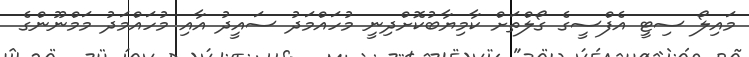
މައިލޯ ސިޓީ އެފްސީގެ ގޯލްތަށް ކާމިޔާބުކޮށްދިނީ މުހައްމަދު ސައީދު އާއި މުހައްމަދު މަމްނޫންގެ